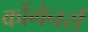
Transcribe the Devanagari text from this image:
कोंगेनर्स